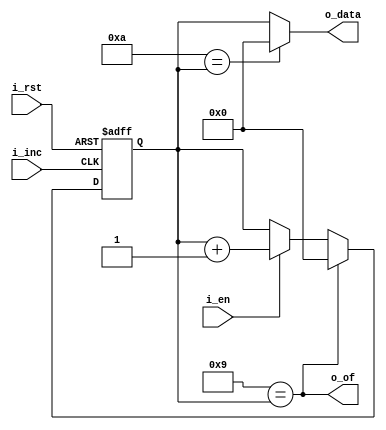
module set_num(i_inc, i_en, i_rst, o_data, o_of);

parameter MAX_VAL = 9, WIDTH = 4;

input i_inc;
input i_en;
input i_rst;

output [WIDTH-1:0] o_data;
output o_of;

wire sys_rst_cnt = (MAX_VAL == counter);

reg [WIDTH-1:0] counter;

assign  o_of   = sys_rst_cnt;
assign  o_data = (MAX_VAL+1 == counter) ? 4'd0 : counter;

always @(negedge i_inc, negedge i_rst) begin
    if (~i_rst)
        counter <= 0;
    else if (sys_rst_cnt)
        counter <= 0;
    else if (i_en)
        counter <= counter + 1'b1;
end

endmodule